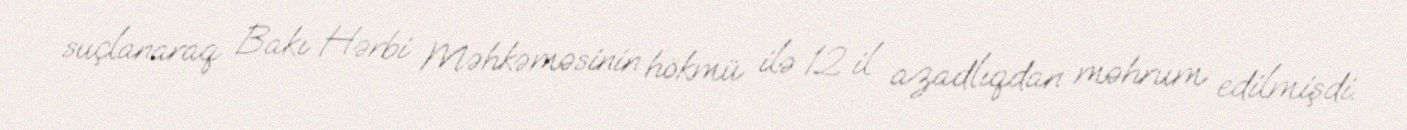
suçlanaraq Bakı Hərbi Məhkəməsinin hökmü ilə 12 il azadlıqdan məhrum edilmişdi.